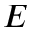
E